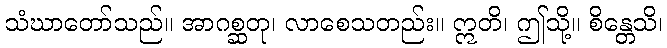
သံဃာတော်သည်။ အာဂစ္ဆတု၊ လာစေသတည်း။ ဣတိ၊ ဤသို့။ စိန္တေသိ၊